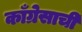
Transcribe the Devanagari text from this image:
काँग्रेसाची